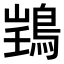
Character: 𫚽